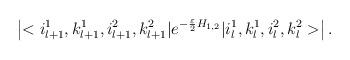
LaTeX: \begin{align*}\left|<i_{l+1}^1, k_{l+1}^1, i_{l+1}^2, k_{l+1}^2|e^{- \frac{\varepsilon}{2} H_{1,2} }|i_{l}^1, k_{l}^1, i_{l}^2, k_{l}^2>\right|.\end{align*}